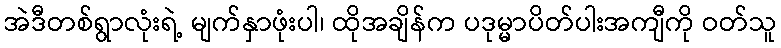
အဲဒီတစ်ရွာလုံးရဲ့ မျက်နှာဖုံးပါ၊ ထိုအချိန်က ပဒုမ္မာပိတ်ပါးအကျီကို ဝတ်သူ